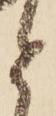
と